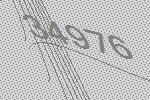
34976